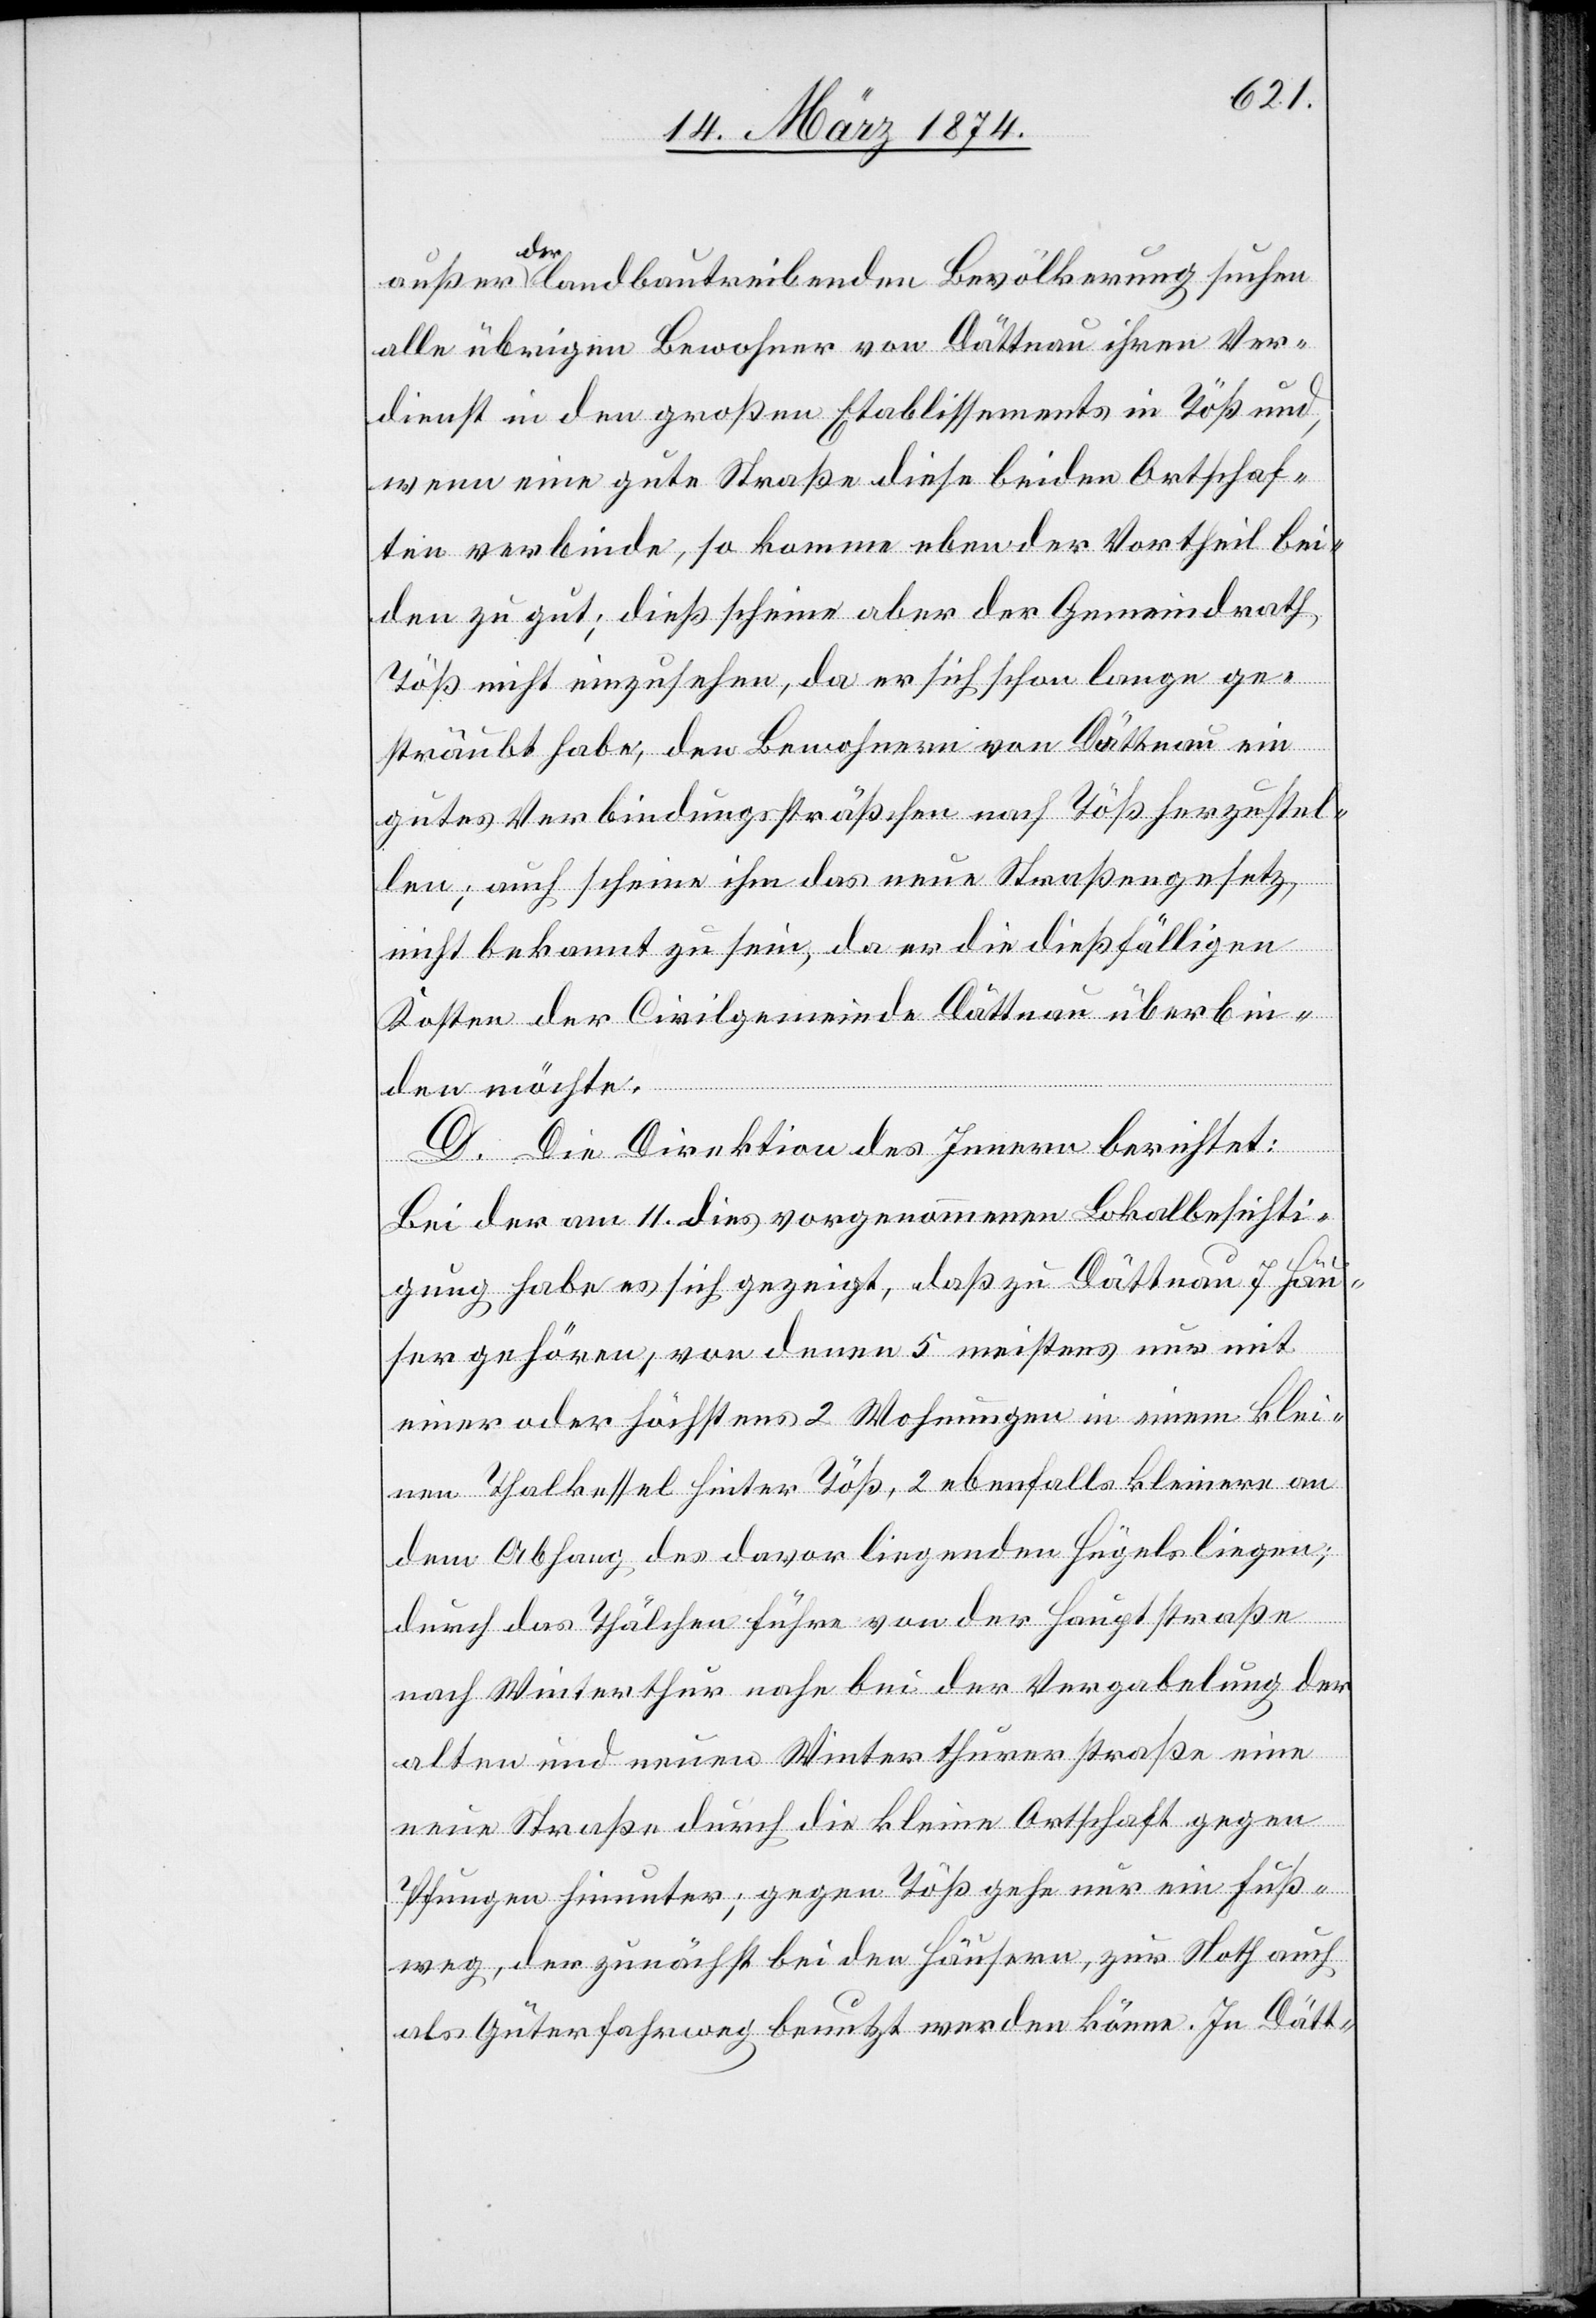
außer der landbautreibenden Bevölkerung suchen
alle übrigen Bewohner von Dättnau ihren Ver¬
dienst in den großen Etablissements in Töß und,
wenn eine gute Straße diese beiden Ortschaf¬
ten verbinde, so komme eben der Vortheil bei¬
den zu gut; dieß scheine aber der Gemeindrath
Töß nicht einzusehen, da er sich schon lange ge¬
sträubt habe, den Bewohnern von Dättnau ein
gutes Verbindungssträßchen nach Töß herzustel¬
len; auch scheine ihm das neue Straßengesetz,
nicht bekannt zu sein, da er die dießfälligen
Kosten der Civilgemeinde Dättnau überbin¬
den möchte.
D. Die Direktion des Innern berichtet:
Bei der am 11. dies vorgenommenen Lokalbesichti¬
gung habe es sich gezeigt, daß zu Dättnau 7 Häu¬
ser gehören, von denen 5 meistens nur mit
einer oder höchstens 2 Wohnungen in einem klei¬
nen Thalkessel hinter Töß, 2 ebenfalls kleinere an
dem Abhang des davor liegenden Hügels liegen;
durch das Thälchen führe von der Hauptstraße
nach Winterthur nahe bei der Vergabelung der
alten und neuen Winterthurerstraße eine
neue Straße durch die kleine Ortschaft gegen
Pfungen hinunter; gegen Töß gehe nur ein Fuß¬
weg, der zunächst bei den Häusern, zur Noth auch
als Güterfahrweg benutzt werden könne. In Dätt-